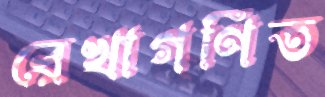
রেখাগণিত